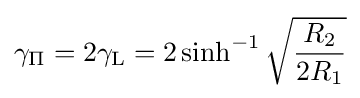
\gamma _{\mathrm {\Pi } }=2\gamma _{\mathrm {L} }=2\sinh ^{-1}{\sqrt {\frac {R_{2}}{2R_{1}}}}